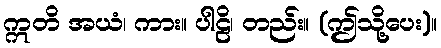
ဣတိ အယံ၊ ကား။ ပါဠိ၊ တည်း။ (ဤသို့ပေး)။